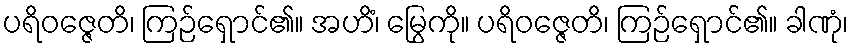
ပရိဝဇ္ဇေတိ၊ ကြဉ်ရှောင်၏။ အဟိံ၊ မြွေကို။ ပရိဝဇ္ဇေတိ၊ ကြဉ်ရှောင်၏။ ခါဏုံ၊